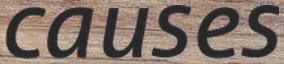
causes